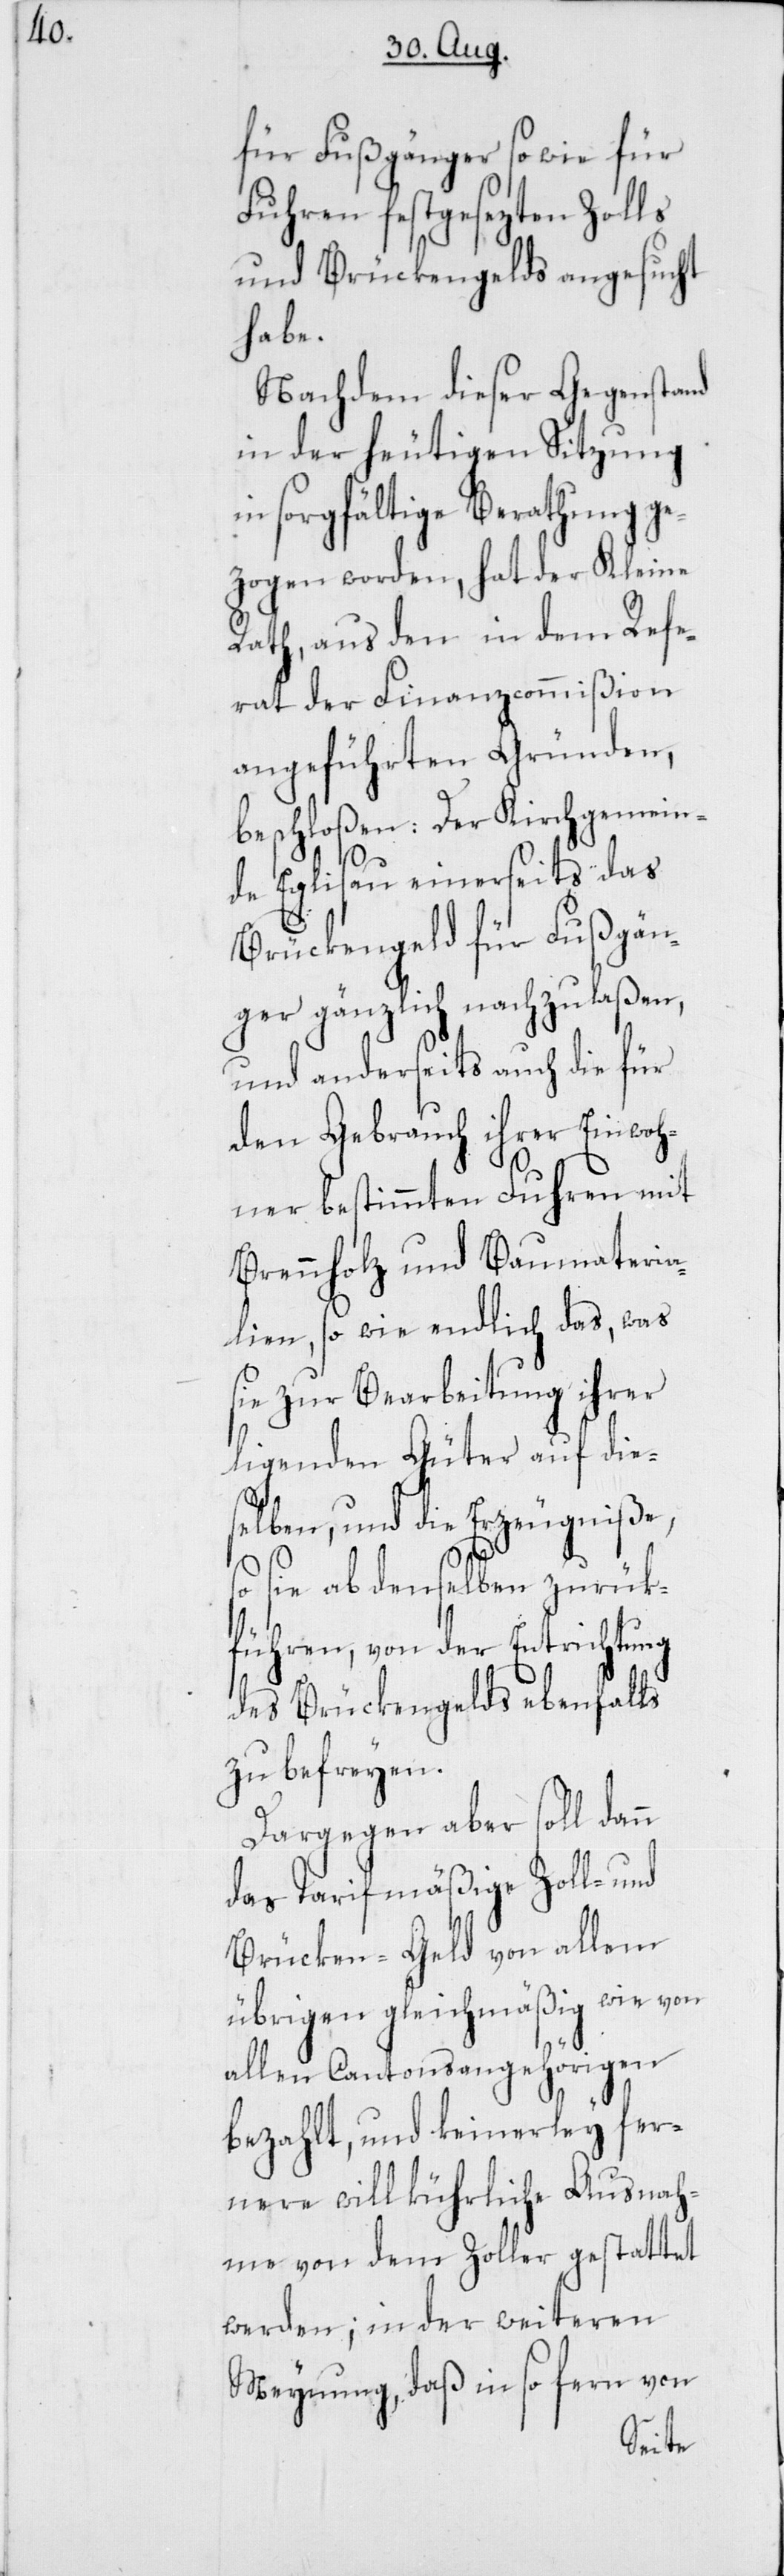
für Fußgänger sowie für
Fuhren festgesezten Zolls
und Brückengelds angesucht
falls
Nachdem dieser Gegenstand
in der heutigen Sitzung
in sorgfältige Berathung ge¬
zogen worden, hat der Kleine
Rath, aus den in dem Refe¬
rat der Finanzcommißion
angeführten Gründen,
beschloßen: Der Kirchgemein¬
er
de Eglisau einerseits das
Brückengeld für Fußgän¬
ger gänzlich nachzulaßen,
und anderseits auch die für
den Gebrauch ihrer Einwoh¬
ner bestimmten Fuhren mit
Brennholz und Baumateria¬
lien, so wie endlich das, was
sie zur Bearbeitung ihrer
ligenden Güter auf die¬
selben, und die Erzeugniße,
so sie ab denselben zurü¬
kführen, von der Entrichtung
des Brückengelds eben¬
zu befreyen.
Dargegen aber soll
das Tarifmäßige
Brücken-Geld von allem
übrigen gleichmäßig
allen Cantonsangehörigen
bezahlt, und keinerley
nere willkührliche Ausn¬
ahme von dem Zoll¬
werden; in der weiteren
fern von
Meynung, daß in so